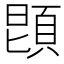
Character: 𩒝